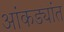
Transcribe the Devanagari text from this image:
आंकड्यांत